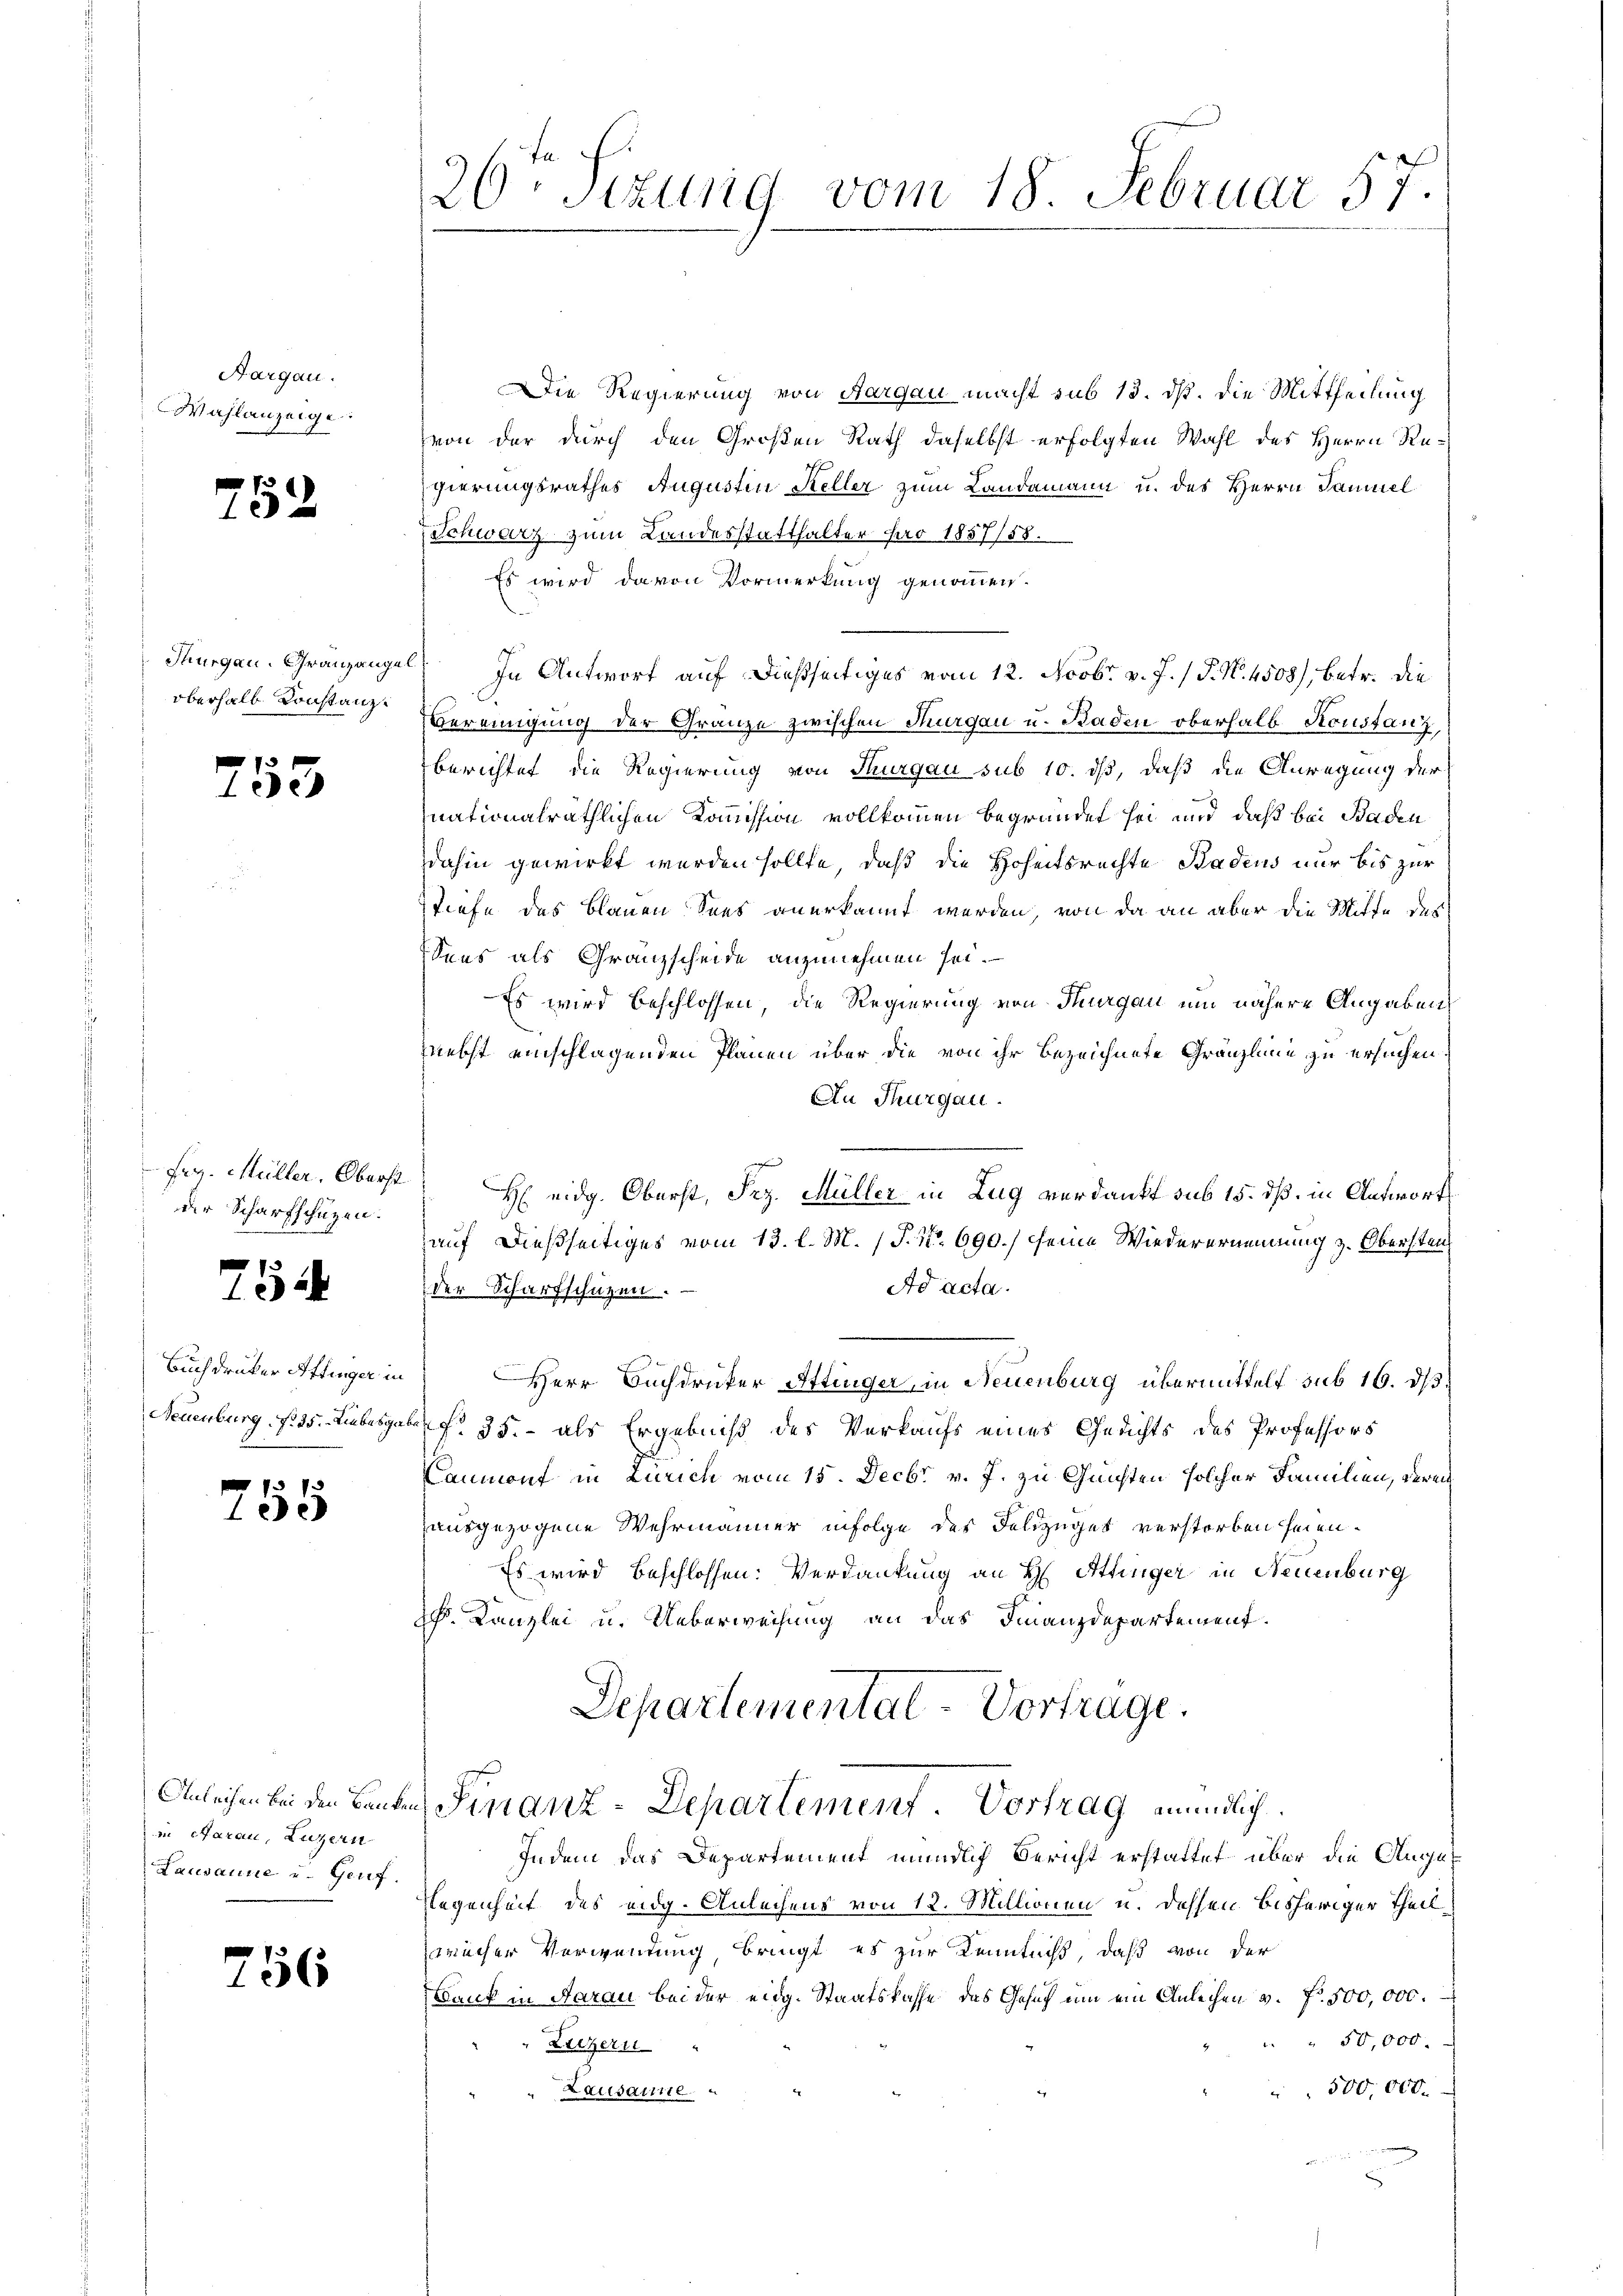
Aargau.
Wahlanzeige

7
152

Thurgau, Gränzange
oberhalb. Konstanz¬

1 x
ee

Feg. Müller, Oberst
der Scharfschüzen.

754

Buchdruker Affinger in
Neuenburg, N. 25. Liebesgab

755

in Aarau, Luzern
Lausanne und Genf.

756

26ten Sizung vom 18 Februar 57.

Die Regierung von Aargau macht sub 15. dß. Die Mittheilung
von der durch den Großen Rath daselbst erfolgten Wahl des Herrn Regierungsrathes Augustin Steller zum Landammann u. des Herrn Samuel
Schwarz zum Landesstatthalter pro 1857/58.
Es wird davon Vormerkung genommen.
2) In Antwort auf dießseitiges vom 12. Novbr. v. J. / P. No. 4508), betr. die
Vereinigung der Gränze zwischen Thurgau u. Baden oberhalb Konstanz,
Berichtet die Regierung von Thurgau sub 10. ds, daß die Anregung der
nationalräthlichen Kommission vollkommen begründet sei und daß bei Baden
dahin gewirkt werden sollte, daß die Hoheitsrechte Badens nur bis zur
Stiefe des Blauen Sees anerkannt werden, von da an aber die Mitte des
Sees als Granzscheide anzunehmen sei.
Es wird beschlossen, die Regierung von Thurgau und nähere Angaben
nebst einschlagenden Planen über die von ihr bezeichnete Gränzline zu ersuchen.
An Thurgau.
auf dießseitiges vom 13. l. M. P. Nr. 690./ seine Wiederernennung z. Obersten¬
Ad acta.
der Scharfschüzen.
Herr Buchdrucker Attinger, in Neuenburg übermittelt sub 16. ds.
f. 35. - als Ergebniß des Verkaufs eines Gerichts des Professors
aumont in Zürich vom 15. Decbr v. J. zu Gunsten solcher Familien, verei
ausgezogene Wehrmänner infolge des Feldzüget verstorben seien.
Es wird beschlossen: Verdankung an H. Attinger in Neuenburg
h. Kanzlei u. Ueberweisung an das Finanzdepartement.
Departemental-Vortrage.
Anleihen bei den Banken Finanz-Departement Vortrag mündlich
Indem das Departement mündlich Bericht erstattet über die Augus
Regenheit des eidg. Anleihens von 12. Millionen u. dessen bisheriger Theilwächer Verwendung, bringt, es zur Kenntniß, daß von der
Bank in Aarau bei der eidg. Staatskasse des Gesuch um ein Anleihen v. Fr. 500,000.
 " 50,000.
Luzern
300,000.
Lausalite.

H eidg. Oberst, Frz. Müller in Zug verdankt sub 15. dß. in Antwort